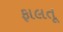
ફાલતૂ